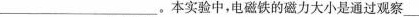
__。本实验中，电磁铁的磁力大小是通过观察___